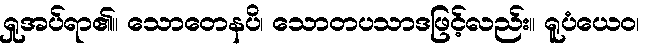
ရှုအပ်ရာ၏။ သောတေနပိ၊ သောတပသာဒဖြင့်လည်း။ ရူပံယေဝ၊